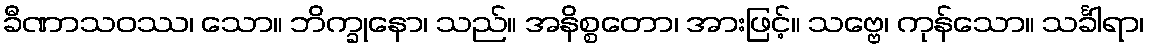
ခီဏာသဝဿ၊ သော။ ဘိက္ခုနော၊ သည်။ အနိစ္စတော၊ အားဖြင့်။ သဗ္ဗေ၊ ကုန်သော။ သင်္ခါရာ၊